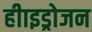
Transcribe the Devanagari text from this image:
हीाइड्रोजन